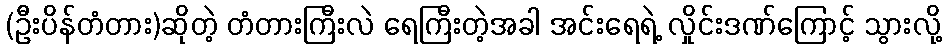
(ဦးပိန်တံတား)ဆိုတဲ့ တံတားကြီးလဲ ရေကြီးတဲ့အခါ အင်းရေရဲ့ လှိုင်းဒဏ်ကြောင့် သွားလို့